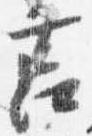
筥